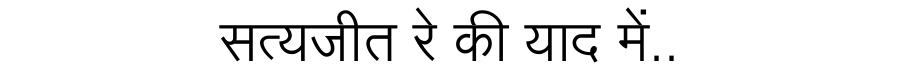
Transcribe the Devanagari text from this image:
सत्यजीत रे की याद में..